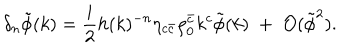
LaTeX: \delta _ { n } \tilde { \phi } ( k ) = \frac { i } { 2 } h ( k ) ^ { - n } \eta _ { c \bar { c } } \rho _ { 0 } ^ { \bar { c } } k ^ { c } \tilde { \phi } ( k ) \; + \; { \cal O } ( \tilde { \phi } ^ { 2 } ) .